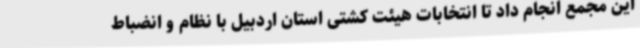
این مجمع انجام داد تا انتخابات هیئت کشتی استان اردبیل با نظام و انضباط